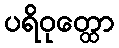
ပရိဝုတ္ထော